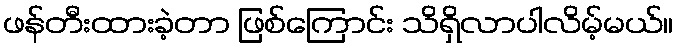
ဖန်တီးထားခဲ့တာ ဖြစ်ကြောင်း သိရှိလာပါလိမ့်မယ်။